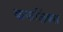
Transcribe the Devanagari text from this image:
कफलिंक्स